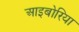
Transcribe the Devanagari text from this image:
आइबोरिया